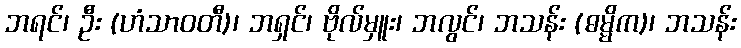
ဘရင်၊ ဦး (ဟံသာဝတီ)၊ ဘရှင်၊ ဗိုလ်မှူး၊ ဘလွင်၊ ဘသန်း (ဓမ္မိက)၊ ဘသန်း